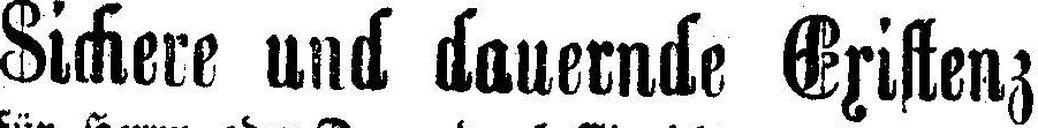
Sichere und dauernde Existenz